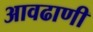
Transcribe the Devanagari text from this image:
आवढाणी